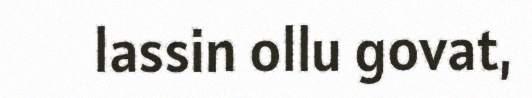
lassin ollu govat,